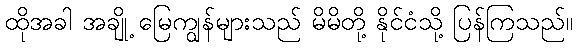
ထိုအခါ အချို့ မြေကျွန်များသည် မိမိတို့ နိုင်ငံသို့ ပြန်ကြသည်။